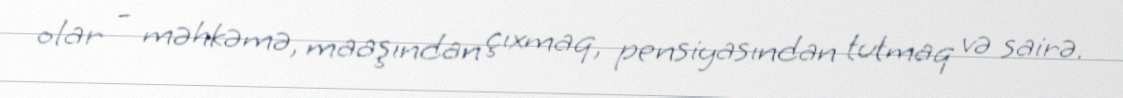
olar - məhkəmə, maaşından çıxmaq, pensiyasından tutmaq və sairə.